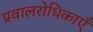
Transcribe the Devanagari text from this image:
प्रवालरोधिकाएँ